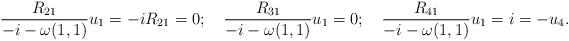
LaTeX: \begin{align*}\frac{R_{21}}{-i-\omega(1,1)}u_1=-iR_{21}=0;\quad\frac{R_{31}}{-i-\omega(1,1)}u_1=0;\quad\frac{R_{41}}{-i-\omega(1,1)}u_1=i=-u_4.\end{align*}